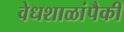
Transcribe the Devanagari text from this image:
वेधशाळांपैकी